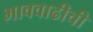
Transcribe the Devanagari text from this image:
भाववाढीची